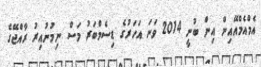
އެމްއެމްއޭއިން އިން ބުނީ 2014 ވަނަ އަހަރުގެ ޑިސެމްބަރު މަސް ނިމުނުއިރު ރާއްޖޭގެ